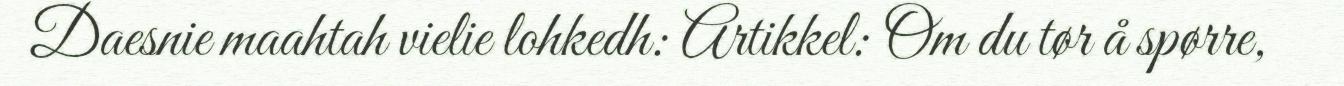
Daesnie maahtah vielie lohkedh: Artikkel: Om du tør å spørre,